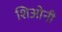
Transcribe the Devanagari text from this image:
शिओनी